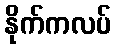
နိုက်ကလပ်